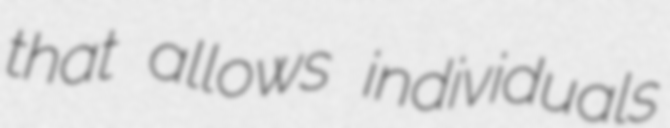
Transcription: that allows individuals